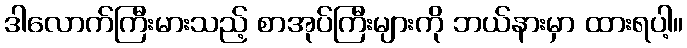
ဒါလောက်ကြီးမားသည့် စာအုပ်ကြီးများကို ဘယ်နားမှာ ထားရပါ့။